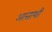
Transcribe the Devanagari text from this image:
आत्ताशी